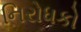
નિરોધકો